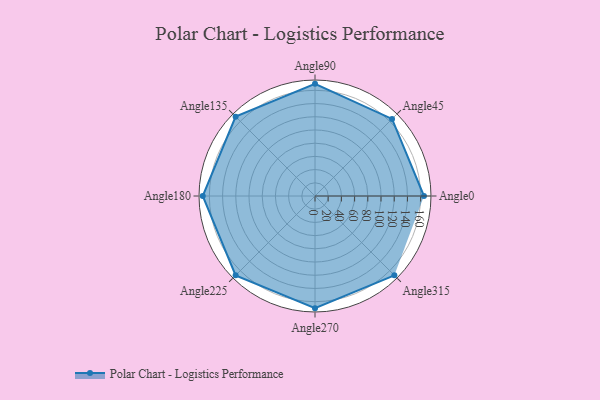
{"axis": {"x": "Angle", "y": "Radius"}, "legend": [""], "data": [{"x": "Angle0", "y": 165.0, "type": ""}, {"x": "Angle45", "y": 165.0, "type": ""}, {"x": "Angle90", "y": 170, "type": ""}, {"x": "Angle135", "y": 170, "type": ""}, {"x": "Angle180", "y": 170, "type": ""}, {"x": "Angle225", "y": 170, "type": ""}, {"x": "Angle270", "y": 170, "type": ""}, {"x": "Angle315", "y": 170, "type": ""}]}